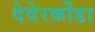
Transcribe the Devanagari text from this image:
देवेरकोंडा